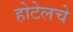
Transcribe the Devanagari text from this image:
होटेलचे